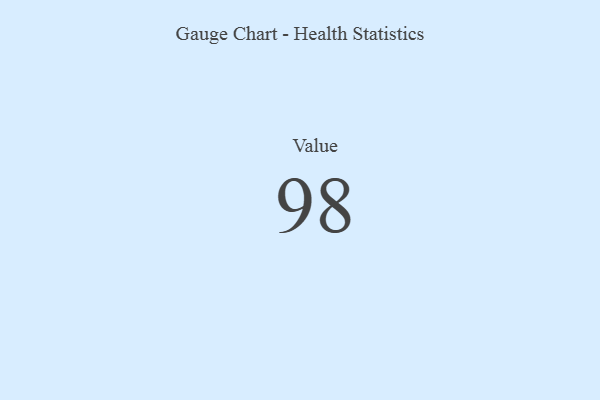
{"axis": {"x": "Metric", "y": "Value"}, "legend": [""], "data": [{"x": "Value", "y": 98, "type": ""}]}